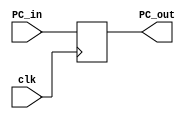
// PC 
module PCRegister
(	
	input clk,     // the clock
	input [31:0] PC_in,    // the input PC data 
	output reg [31:0] PC_out   // the output PC result
);
initial 
begin
	PC_out=32'h00000000;    // initialize PC to zero
end 
always @ (negedge clk)
begin
	PC_out <= PC_in;
end 
endmodule